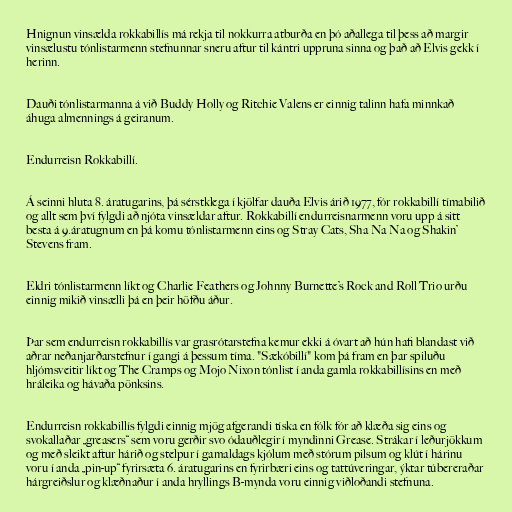
Hnignun vinsælda rokkabillís má rekja til nokkurra atburða en þó aðallega til þess að margir
vinsælustu tónlistarmenn stefnunnar sneru aftur til kántri uppruna sinna og það að Elvis gekk í
herinn.

Dauði tónlistarmanna á við Buddy Holly og Ritchie Valens er einnig talinn hafa minnkað
áhuga almennings á geiranum.

Endurreisn Rokkabillí.

Á seinni hluta 8. áratugarins, þá sérstklega í kjölfar dauða Elvis árið 1977, fór rokkabillí tímabilið
og allt sem því fylgdi að njóta vinsældar aftur. Rokkabillí endurreisnarmenn voru upp á sitt
besta á 9.áratugnum en þá komu tónlistarmenn eins og Stray Cats, Sha Na Na og Shakin’
Stevens fram.

Eldri tónlistarmenn líkt og Charlie Feathers og Johnny Burnette’s Rock and Roll Trio urðu
einnig mikið vinsælli þá en þeir höfðu áður.

Þar sem endurreisn rokkabillís var grasrótarstefna kemur ekki á óvart að hún hafi blandast við
aðrar neðanjarðarstefnur í gangi á þessum tíma. "Sækóbillí" kom þá fram en þar spiluðu
hljómsveitir líkt og The Cramps og Mojo Nixon tónlist í anda gamla rokkabillísins en með
hráleika og hávaða pönksins.

Endurreisn rokkabillís fylgdi einnig mjög afgerandi tíska en fólk fór að klæða sig eins og
svokallaðar „greasers“ sem voru gerðir svo ódauðlegir í myndinni Grease. Strákar í leðurjökkum
og með sleikt aftur hárið og stelpur í gamaldags kjólum með stórum pilsum og klút í hárinu
voru í anda „pin-up“ fyrirsæta 6. áratugarins en fyrirbæri eins og tattúveringar, ýktar túbereraðar
hárgreiðslur og klæðnaður í anda hryllings B-mynda voru einnig viðloðandi stefnuna.